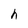
Character: h